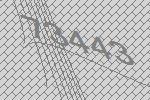
73443